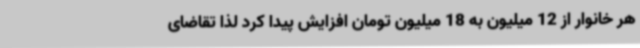
هر خانوار از 12 میلیون به 18 میلیون تومان افزایش پیدا کرد لذا تقاضای